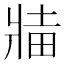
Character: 𬌅